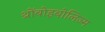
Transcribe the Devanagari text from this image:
थ्रोंबोइबोलिज्म